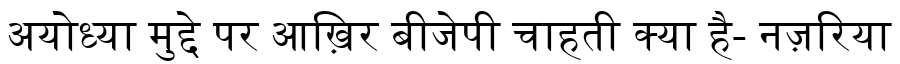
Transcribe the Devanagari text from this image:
अयोध्या मुद्दे पर आख़िर बीजेपी चाहती क्या है- नज़रिया